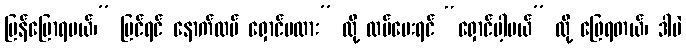
ပြန်ပြောရမယ်၊” မြင်ရင် နောက်ထပ် ရှောင်မလား” လို့ ထပ်မေးရင် “ရှောင်ပါ့မယ်” လို့ ဖြေရတယ်၊ ဒါပဲ